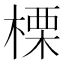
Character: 𣗖